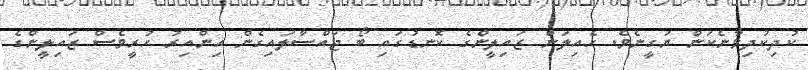
ކުދިކުދިވާނެކަން ޔަގީނެވެ. ހެއިލަން ޒައިލީންގެ ކޮނޑުގައި ބޯ ޖައްސާލައިގެން އިންއިރު ހުރީވެސް ޒައިލީންގެ